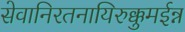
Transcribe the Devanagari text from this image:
सेवानिरतनायिरुक्कुमईन्न